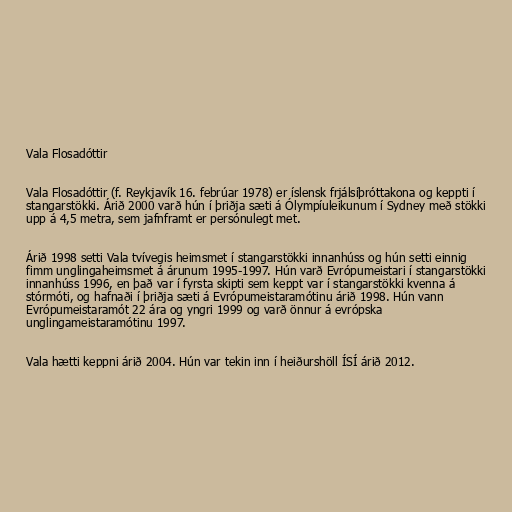
Vala Flosadóttir

Vala Flosadóttir (f. Reykjavík 16. febrúar 1978) er íslensk frjálsíþróttakona og keppti í
stangarstökki. Árið 2000 varð hún í þriðja sæti á Ólympíuleikunum í Sydney með stökki
upp á 4,5 metra, sem jafnframt er persónulegt met.

Árið 1998 setti Vala tvívegis heimsmet í stangarstökki innanhúss og hún setti einnig
fimm unglingaheimsmet á árunum 1995-1997. Hún varð Evrópumeistari í stangarstökki
innanhúss 1996, en það var í fyrsta skipti sem keppt var í stangarstökki kvenna á
stórmóti, og hafnaði í þriðja sæti á Evrópumeistaramótinu árið 1998. Hún vann
Evrópumeistaramót 22 ára og yngri 1999 og varð önnur á evrópska
unglingameistaramótinu 1997.

Vala hætti keppni árið 2004. Hún var tekin inn í heiðurshöll ÍSÍ árið 2012.